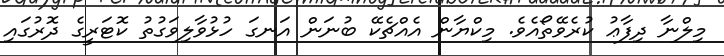
މިލްނާ ދިފާޢު ކުރެވޭތޯއެވެ. މިކްޔާން އެއްޗެކޭ ބުނަން އަނގަ ހުޅުވާލިވަގުތު ކޮޓަރީގެ ދޮރުގައި